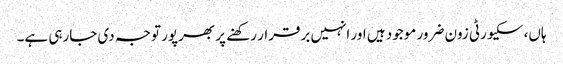
ہاں، سکیورٹی زون ضرور موجود ہیں اور انہیں برقرار رکھنے پر بھرپور توجہ دی جارہی ہے۔